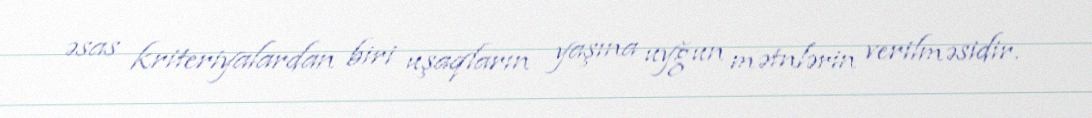
əsas kriteriyalardan biri uşaqların yaşına uyğun mətnlərin verilməsidir.